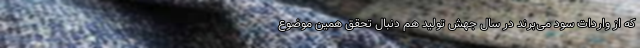
که از واردات سود می‌برند در سال جهش تولید هم دنبال تحقق همین موضوع